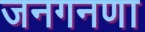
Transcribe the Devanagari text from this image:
जनगनणा